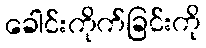
ခေါင်းကိုက်ခြင်းကို